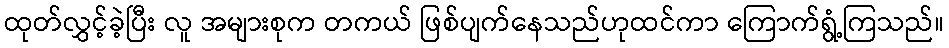
ထုတ်လွှင့်ခဲ့ပြီး လူ အများစုက တကယ် ဖြစ်ပျက်နေသည်ဟုထင်ကာ ကြောက်ရွံ့ကြသည်။